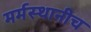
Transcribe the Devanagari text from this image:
मर्मस्थानीच